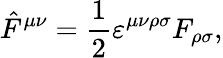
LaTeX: \hat{F}^{\mu\nu}=\frac{1}{2}\varepsilon^{\mu\nu\rho\sigma}F_{\rho\sigma},